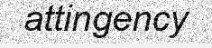
attingency